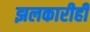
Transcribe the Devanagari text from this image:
झलकारीही